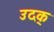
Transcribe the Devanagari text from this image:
उदक्